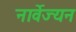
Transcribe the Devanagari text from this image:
नार्वेज्यन